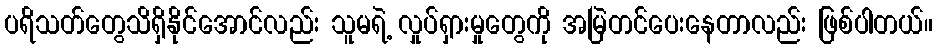
ပရိသတ်တွေသိရှိနိုင်အောင်လည်း သူမရဲ့ လှုပ်ရှားမှုတွေကို အမြဲတင်ပေးနေတာလည်း ဖြစ်ပါတယ်။